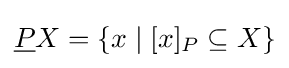
{\underline {P}}X=\{x\mid [x]_{P}\subseteq X\}